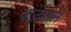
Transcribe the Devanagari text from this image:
कर्तजेन